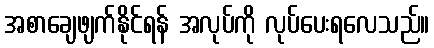
အစာချေဖျက်နိုင်ရန် အလုပ်ကို လုပ်ပေးရလေသည်။